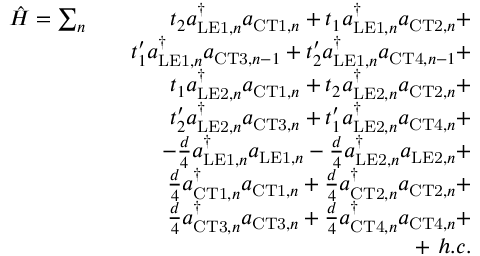
\begin{array} { r l r } { \hat { H } = \sum _ { n } } & { } & { t _ { 2 } a _ { \mathrm { L E 1 } , n } ^ { \dagger } a _ { \mathrm { C T 1 } , n } + t _ { 1 } a _ { \mathrm { L E 1 } , n } ^ { \dagger } a _ { \mathrm { C T 2 } , n } + } \\ & { } & { t _ { 1 } ^ { \prime } a _ { \mathrm { L E 1 } , n } ^ { \dagger } a _ { \mathrm { C T 3 } , n - 1 } + t _ { 2 } ^ { \prime } a _ { \mathrm { L E 1 } , n } ^ { \dagger } a _ { \mathrm { C T 4 } , n - 1 } + } \\ & { } & { t _ { 1 } a _ { \mathrm { L E 2 } , n } ^ { \dagger } a _ { \mathrm { C T 1 } , n } + t _ { 2 } a _ { \mathrm { L E 2 } , n } ^ { \dagger } a _ { \mathrm { C T 2 } , n } + } \\ & { } & { t _ { 2 } ^ { \prime } a _ { \mathrm { L E 2 } , n } ^ { \dagger } a _ { \mathrm { C T 3 } , n } + t _ { 1 } ^ { \prime } a _ { \mathrm { L E 2 } , n } ^ { \dagger } a _ { \mathrm { C T 4 } , n } + } \\ & { } & { - \frac { d } { 4 } a _ { \mathrm { L E 1 } , n } ^ { \dagger } a _ { \mathrm { L E 1 } , n } - \frac { d } { 4 } a _ { \mathrm { L E 2 } , n } ^ { \dagger } a _ { \mathrm { L E 2 } , n } + } \\ & { } & { \frac { d } { 4 } a _ { \mathrm { C T 1 } , n } ^ { \dagger } a _ { \mathrm { C T 1 } , n } + \frac { d } { 4 } a _ { \mathrm { C T 2 } , n } ^ { \dagger } a _ { \mathrm { C T 2 } , n } + } \\ & { } & { \frac { d } { 4 } a _ { \mathrm { C T 3 } , n } ^ { \dagger } a _ { \mathrm { C T 3 } , n } + \frac { d } { 4 } a _ { \mathrm { C T 4 } , n } ^ { \dagger } a _ { \mathrm { C T 4 } , n } + } \\ & { } & { + \ h . c . } \end{array}